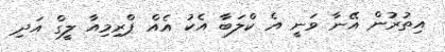
އިތުރުން އޭނާ ވަނީ އެ ކްލަބާ އެކު އެއް ޕްރިމިއާ ލީގް އަދި